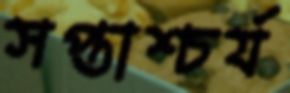
সপ্তাশ্চর্য